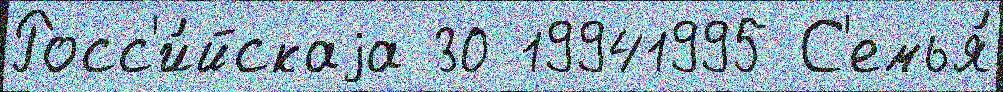
Росс'и́йскаjа 30 19941995 С'емья́